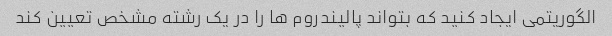
الگوریتمی ایجاد کنید که بتواند پالیندروم ها را در یک رشته مشخص تعیین کند